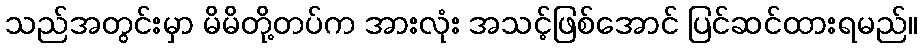
သည်အတွင်းမှာ မိမိတို့တပ်က အားလုံး အသင့်ဖြစ်အောင် ပြင်ဆင်ထားရမည်။